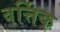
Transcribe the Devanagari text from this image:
वर्त्तिक